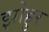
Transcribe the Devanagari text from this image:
झोहुर